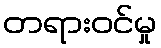
တရားဝင်မှု